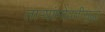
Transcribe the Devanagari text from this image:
ताऱ्यांभोवतीसुद्धा